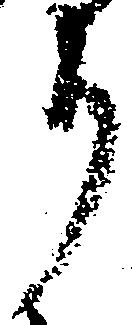
り